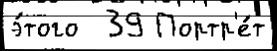
э́того  39 Портр'е́т